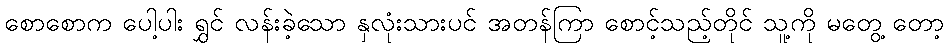
စောစောက ပေါ့ပါး ရွှင် လန်းခဲ့သော နှလုံးသားပင် အတန်ကြာ စောင့်သည့်တိုင် သူ့ကို မတွေ့ တော့